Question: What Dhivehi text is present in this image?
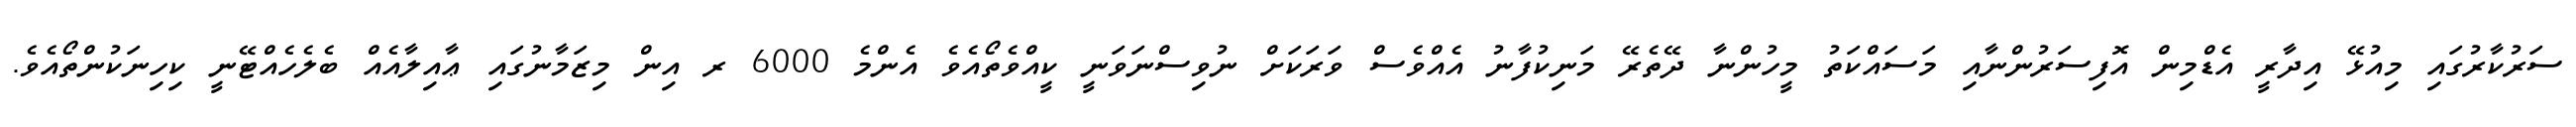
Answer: ސަރުކާރުގައި މިއުޅޭ އިދާރީ އެޑްމިން އޮފިސަރުންނާއި މަސައްކަތު މީހުންނާ ދޭތެރޭ މަނިކުފާނު އެއްވެސް ވަރަކަށް ނުވިސްނަވަނީ ކީއްވެތޯއެވެ އެންމެ 6000 ރ އިން މިޒަމާނުގައި ޢާއިލާއެއް ބެލެހެއްޓޭނީ ކިހިނަކުންތޯއެވެ.